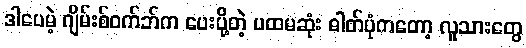
ဒါပေမဲ့ ဂျိမ်းစ်ဝက်ဘ်က ပေးပို့တဲ့ ပထမဆုံး ဓါတ်ပုံကတော့ လူသားတွေ